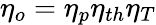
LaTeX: \eta_{o}=\eta_{p}\eta_{th}\eta_{T}